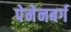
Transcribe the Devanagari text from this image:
पेनेनबर्ग